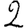
Digit: 2